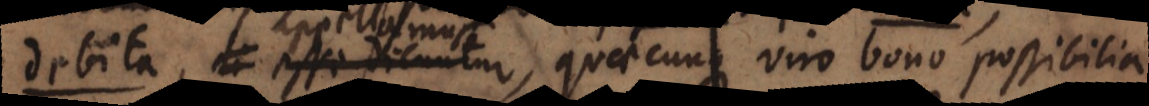
a, appellamus, quaecunque viro bono possibilia